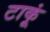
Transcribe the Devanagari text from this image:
टाकूं